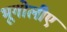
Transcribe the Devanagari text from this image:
भूगोलीए